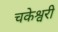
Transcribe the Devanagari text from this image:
चकेश्वरी